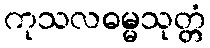
ကုသလဓမ္မသုတ္တံ